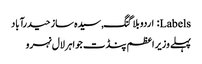
Labels: اردو بلاگنگ, سیدہ ساز حیدرآباد
پہلے وزیر اعظم پنڈت جواہرلال نہرو